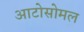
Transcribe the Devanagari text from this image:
आटोसोमल